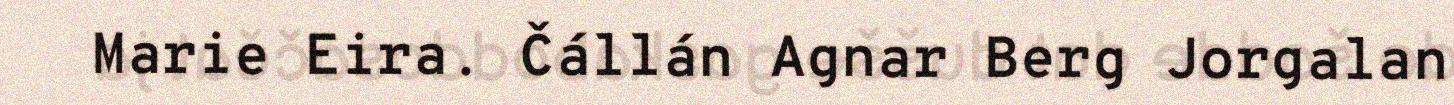
Marie Eira. Čállán Agnar Berg Jorgalan